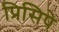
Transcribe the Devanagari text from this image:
प्रिसिपे